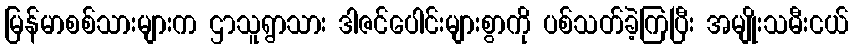
မြန်မာစစ်သားများက ဌာသူရွာသား ဒါဇင်ပေါင်းများစွာကို ပစ်သတ်ခဲ့ကြပြီး အမျိုးသမီးငယ်